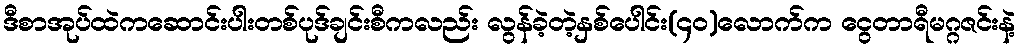
ဒီစာအုပ်ထဲကဆောင်းပါးတစ်ပုဒ်ချင်းစီကလည်း လွန်ခဲ့တဲ့နှစ်ပေါင်း(၄၀)လောက်က ငွေတာရီမဂ္ဂဇင်းနဲ့